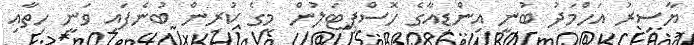
ޔާސިރު އަހްމަދު ބުނީ އިންޑިއާގެ ހޮސްޕިޓަލުން މީގެ ކުރިން ބުނެފައި ވަނީ ހިތާއި